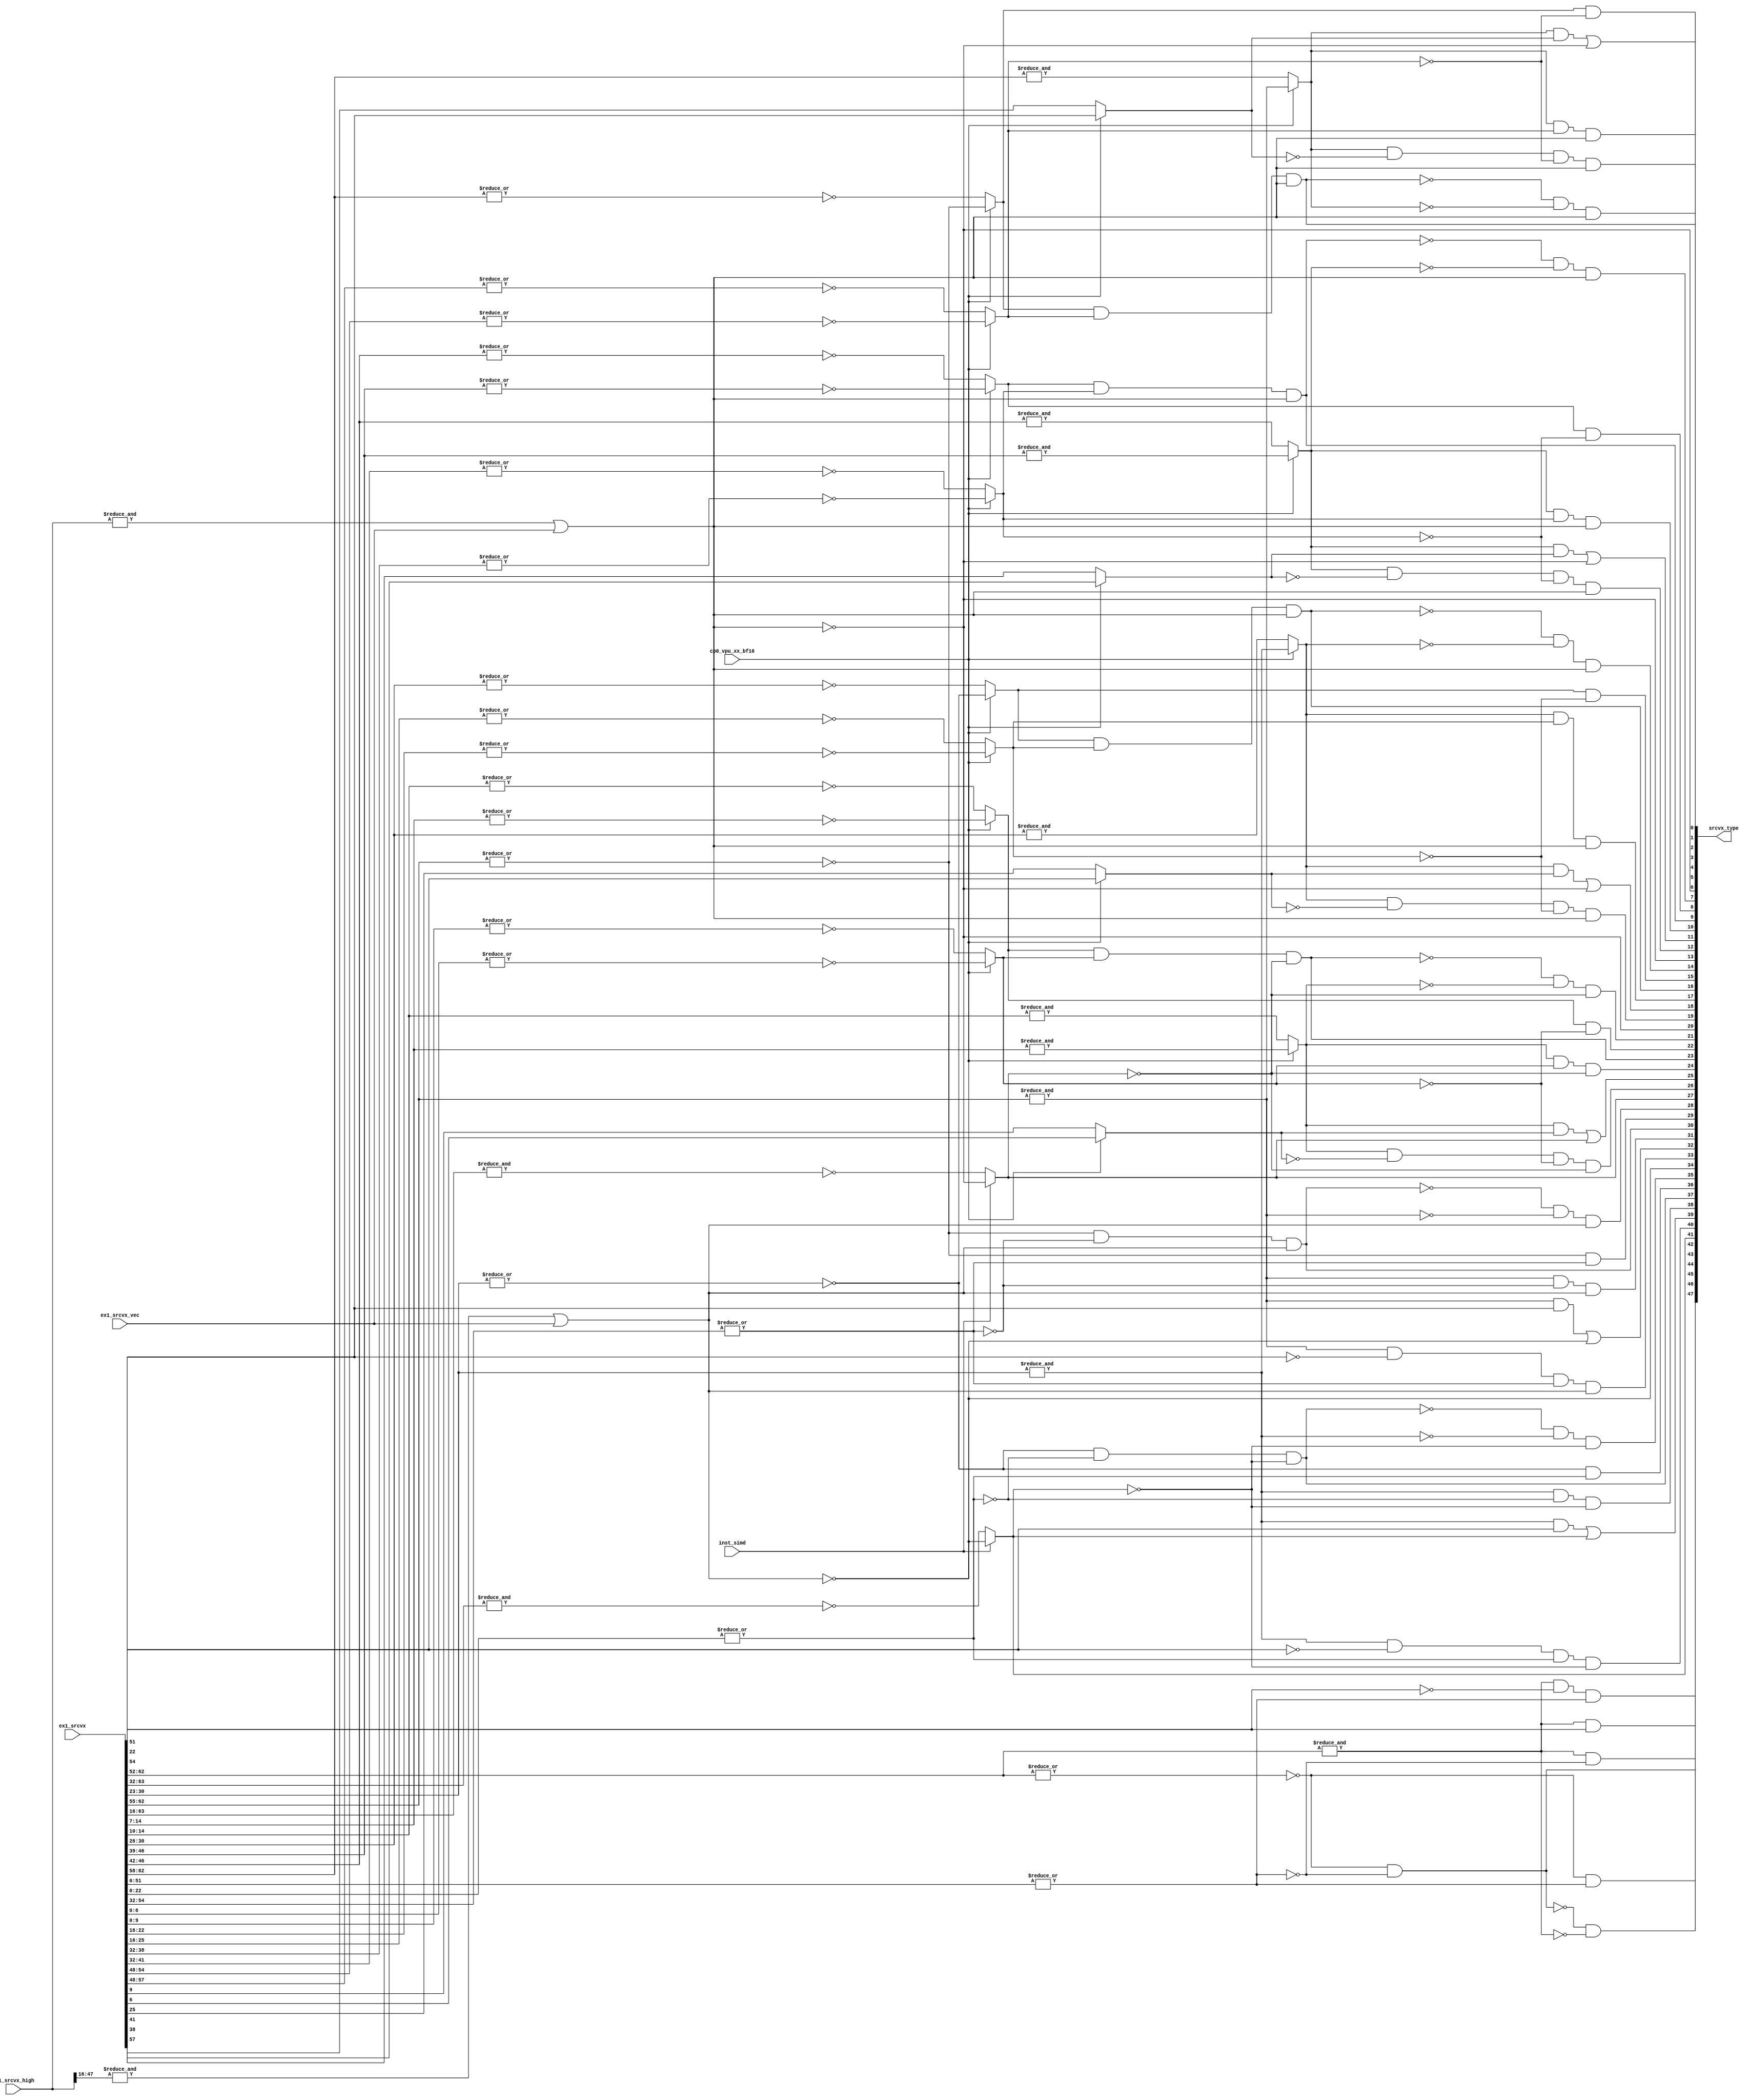
/*Copyright 2020-2021 T-Head Semiconductor Co., Ltd.

Licensed under the Apache License, Version 2.0 (the "License");
you may not use this file except in compliance with the License.
You may obtain a copy of the License at

    http://www.apache.org/licenses/LICENSE-2.0

Unless required by applicable law or agreed to in writing, software
distributed under the License is distributed on an "AS IS" BASIS,
WITHOUT WARRANTIES OR CONDITIONS OF ANY KIND, either express or implied.
See the License for the specific language governing permissions and
limitations under the License.
*/

// &ModuleBeg; @24
module aq_vpu_srcv_type(
  cp0_vpu_xx_bf16,
  ex1_srcvx,
  ex1_srcvx_high,
  ex1_srcvx_vec,
  inst_simd,
  srcvx_type
);

// &Ports; @25
input           cp0_vpu_xx_bf16;      
input   [63:0]  ex1_srcvx;            
input   [47:0]  ex1_srcvx_high;       
input           ex1_srcvx_vec;        
input           inst_simd;            
output  [47:0]  srcvx_type;           

// &Regs; @26

// &Wires; @27
wire            cp0_vpu_xx_bf16;      
wire    [63:0]  ex1_srcvx;            
wire    [47:0]  ex1_srcvx_high;       
wire            ex1_srcvx_vec;        
wire            inst_simd;            
wire    [63:0]  src;                  
wire            src_double_expn_max;  
wire            src_double_expn_zero; 
wire            src_double_frac_msb;  
wire            src_double_frac_zero; 
wire            src_double_id;        
wire            src_double_inf;       
wire            src_double_norm;      
wire            src_double_qnan;      
wire            src_double_snan;      
wire            src_double_zero;      
wire            src_half0_cnan;       
wire            src_half0_expn_max;   
wire            src_half0_expn_zero;  
wire            src_half0_frac_msb;   
wire            src_half0_frac_zero;  
wire            src_half0_id;         
wire            src_half0_inf;        
wire            src_half0_norm;       
wire            src_half0_qnan;       
wire            src_half0_snan;       
wire            src_half0_zero;       
wire            src_half1_cnan;       
wire            src_half1_expn_max;   
wire            src_half1_expn_zero;  
wire            src_half1_frac_msb;   
wire            src_half1_frac_zero;  
wire            src_half1_id;         
wire            src_half1_inf;        
wire            src_half1_norm;       
wire            src_half1_qnan;       
wire            src_half1_snan;       
wire            src_half1_zero;       
wire            src_half2_cnan;       
wire            src_half2_expn_max;   
wire            src_half2_expn_zero;  
wire            src_half2_frac_msb;   
wire            src_half2_frac_zero;  
wire            src_half2_id;         
wire            src_half2_inf;        
wire            src_half2_norm;       
wire            src_half2_qnan;       
wire            src_half2_snan;       
wire            src_half2_zero;       
wire            src_half3_cnan;       
wire            src_half3_expn_max;   
wire            src_half3_expn_zero;  
wire            src_half3_frac_msb;   
wire            src_half3_frac_zero;  
wire            src_half3_id;         
wire            src_half3_inf;        
wire            src_half3_norm;       
wire            src_half3_qnan;       
wire            src_half3_snan;       
wire            src_half3_zero;       
wire    [47:0]  src_high;             
wire            src_single0_cnan;     
wire            src_single0_expn_max; 
wire            src_single0_expn_zero; 
wire            src_single0_frac_msb; 
wire            src_single0_frac_zero; 
wire            src_single0_id;       
wire            src_single0_inf;      
wire            src_single0_norm;     
wire            src_single0_qnan;     
wire            src_single0_snan;     
wire            src_single0_zero;     
wire            src_single1_cnan;     
wire            src_single1_expn_max; 
wire            src_single1_expn_zero; 
wire            src_single1_frac_msb; 
wire            src_single1_frac_zero; 
wire            src_single1_id;       
wire            src_single1_inf;      
wire            src_single1_norm;     
wire            src_single1_qnan;     
wire            src_single1_snan;     
wire            src_single1_zero;     
wire            src_vec;              
wire    [47:0]  srcvx_type;           


assign src[63:0]       = ex1_srcvx[63:0];
assign src_high[47:0]  = ex1_srcvx_high[47:0]; 
assign src_vec         = ex1_srcvx_vec;

//double
assign src_double_expn_zero  = !(|src[62:52]);
assign src_double_expn_max   =  &src[62:52];
assign src_double_frac_zero  = !(|src[51:0]);
assign src_double_frac_msb   = src[51];

assign src_double_snan       = src_double_expn_max && !src_double_frac_msb &&!src_double_frac_zero;
assign src_double_qnan       = src_double_expn_max && src_double_frac_msb;
assign src_double_inf        = src_double_expn_max && src_double_frac_zero;
assign src_double_zero       = src_double_expn_zero && src_double_frac_zero;
assign src_double_id         = src_double_expn_zero && !src_double_frac_zero;
assign src_double_norm       = !src_double_zero && !src_double_expn_max;

//single0
//assign src_single0_cnan       = !(&src[63:32]) && (inst_vec_vf && src_sel || !inst_simd);
assign src_single0_cnan       = (inst_simd) ? !(&src_high[47:16] || src_vec): !(&src[63:32]);
//assign src_single0_cnan       = !(&src[63:32]);
assign src_single0_expn_zero  = !(|src[30:23]);
assign src_single0_expn_max   = &src[30:23];
assign src_single0_frac_zero  = !(|src[22:0]);
assign src_single0_frac_msb   = src[22];

assign src_single0_snan       = src_single0_expn_max && !src_single0_frac_msb && !src_single0_frac_zero && !src_single0_cnan;
assign src_single0_qnan       = src_single0_expn_max && src_single0_frac_msb || src_single0_cnan;
assign src_single0_inf        = src_single0_expn_max && src_single0_frac_zero && !src_single0_cnan;
assign src_single0_zero       = src_single0_expn_zero && src_single0_frac_zero && !src_single0_cnan;
assign src_single0_id         = src_single0_expn_zero && !src_single0_frac_zero;
assign src_single0_norm       = !src_single0_zero && !src_single0_expn_max && !src_single0_cnan;

//single1
//assign src_single1_cnan       = src_sel && inst_vec_vf && !(&src[63:32]);
assign src_single1_cnan       = !(&src_high[47:16] || src_vec);
//assign src_single1_cnan       = !(&src[63:32]);
assign src_single1_expn_zero  = !(|src[62:55]);
assign src_single1_expn_max   = &src[62:55];
assign src_single1_frac_zero  = !(|src[54:32]);
assign src_single1_frac_msb   = src[54];

assign src_single1_snan       = src_single1_expn_max && !src_single1_frac_msb && !src_single1_frac_zero && !src_single1_cnan;
assign src_single1_qnan       = src_single1_expn_max && src_single1_frac_msb || src_single1_cnan;
assign src_single1_inf        = src_single1_expn_max && src_single1_frac_zero && !src_single1_cnan;
assign src_single1_zero       = src_single1_expn_zero && src_single1_frac_zero && !src_single1_cnan;
assign src_single1_id         = src_single1_expn_zero && !src_single1_frac_zero;
assign src_single1_norm       = !src_single1_zero && !src_single1_expn_max && !src_single1_cnan;

//half0
//assign src_half0_cnan       = !(&src[63:16]) && (inst_vec_vf && src_sel || !inst_simd);
assign src_half0_cnan       = (inst_simd) ? !(&src_high[47:0] || src_vec): !(&src[63:16]);
//assign src_half0_cnan       = !(&src[63:16]);
assign src_half0_expn_zero  = (cp0_vpu_xx_bf16) ? !(|src[14:7]) : !(|src[14:10]);
assign src_half0_expn_max   = (cp0_vpu_xx_bf16) ? &src[14:7]    : &src[14:10];
assign src_half0_frac_zero  = (cp0_vpu_xx_bf16) ? !(|src[6:0])  :!(|src[9:0]);
assign src_half0_frac_msb   = (cp0_vpu_xx_bf16) ? src[6]        : src[9];

assign src_half0_snan       = src_half0_expn_max && !src_half0_frac_msb && !src_half0_frac_zero && !src_half0_cnan;
assign src_half0_qnan       = src_half0_expn_max && src_half0_frac_msb || src_half0_cnan;
assign src_half0_inf        = src_half0_expn_max && src_half0_frac_zero && !src_half0_cnan;
assign src_half0_zero       = src_half0_expn_zero && src_half0_frac_zero && !src_half0_cnan;
assign src_half0_id         = src_half0_expn_zero && !src_half0_frac_zero;
assign src_half0_norm       = !src_half0_zero && !src_half0_expn_max && !src_half0_cnan;

//half1
//assign src_half1_cnan       = src_sel && inst_vec_vf && !(&src[63:16]); 
assign src_half1_cnan       = !(&src_high[47:0] || src_vec); 
assign src_half1_expn_zero  = (cp0_vpu_xx_bf16) ? !(|src[30:23]) : !(|src[30:26]);
assign src_half1_expn_max   = (cp0_vpu_xx_bf16) ? &src[30:23]    : &src[30:26];
assign src_half1_frac_zero  = (cp0_vpu_xx_bf16) ? !(|src[22:16])  :!(|src[25:16]);
assign src_half1_frac_msb   = (cp0_vpu_xx_bf16) ? src[22]        : src[25];

assign src_half1_snan       = src_half1_expn_max && !src_half1_frac_msb && !src_half1_frac_zero && !src_half1_cnan;
assign src_half1_qnan       = src_half1_expn_max && src_half1_frac_msb || src_half1_cnan;
assign src_half1_inf        = src_half1_expn_max && src_half1_frac_zero && !src_half1_cnan;
assign src_half1_zero       = src_half1_expn_zero && src_half1_frac_zero && !src_half1_cnan;
assign src_half1_id         = src_half1_expn_zero && !src_half1_frac_zero;
assign src_half1_norm       = !src_half1_zero && !src_half1_expn_max && !src_half1_cnan;

//half2
//assign src_half2_cnan       = src_sel && inst_vec_vf && !(&src[63:16]); 
assign src_half2_cnan       = !(&src_high[47:0] || src_vec); 
assign src_half2_expn_zero  = (cp0_vpu_xx_bf16) ? !(|src[46:39]) : !(|src[46:42]);
assign src_half2_expn_max   = (cp0_vpu_xx_bf16) ? &src[46:39]    : &src[46:42];
assign src_half2_frac_zero  = (cp0_vpu_xx_bf16) ? !(|src[38:32]) :!(|src[41:32]);
assign src_half2_frac_msb   = (cp0_vpu_xx_bf16) ? src[38]        : src[41];

assign src_half2_snan       = src_half2_expn_max && !src_half2_frac_msb && !src_half2_frac_zero && !src_half2_cnan;
assign src_half2_qnan       = src_half2_expn_max && src_half2_frac_msb || src_half2_cnan;
assign src_half2_inf        = src_half2_expn_max && src_half2_frac_zero && !src_half2_cnan;
assign src_half2_zero       = src_half2_expn_zero && src_half2_frac_zero && !src_half2_cnan;
assign src_half2_id         = src_half2_expn_zero && !src_half2_frac_zero;
assign src_half2_norm       = !src_half2_zero && !src_half2_expn_max && !src_half2_cnan;

//half3
//assign src_half3_cnan       = src_sel && inst_vec_vf && !(&src[63:16]); 
assign src_half3_cnan       = !(&src_high[47:0] || src_vec); 
assign src_half3_expn_zero  = (cp0_vpu_xx_bf16) ? !(|src[62:55]) : !(|src[62:58]);
assign src_half3_expn_max   = (cp0_vpu_xx_bf16) ? &src[62:55]    : &src[62:58];
assign src_half3_frac_zero  = (cp0_vpu_xx_bf16) ? !(|src[54:48]) :!(|src[57:48]);
assign src_half3_frac_msb   = (cp0_vpu_xx_bf16) ? src[54]        : src[57];

assign src_half3_snan       = src_half3_expn_max && !src_half3_frac_msb && !src_half3_frac_zero && !src_half3_cnan;
assign src_half3_qnan       = src_half3_expn_max && src_half3_frac_msb || src_half3_cnan;
assign src_half3_inf        = src_half3_expn_max && src_half3_frac_zero && !src_half3_cnan;
assign src_half3_zero       = src_half3_expn_zero && src_half3_frac_zero && !src_half3_cnan;
assign src_half3_id         = src_half3_expn_zero && !src_half3_frac_zero;
assign src_half3_norm       = !src_half3_zero && !src_half3_expn_max && !src_half3_cnan;

assign srcvx_type[47:0] = {src_double_snan,
                           src_double_qnan,
                           src_double_inf,
                           src_double_zero,
                           src_double_id,
                           src_double_norm,
                           src_single0_cnan,
                           src_single0_snan,
                           src_single0_qnan,
                           src_single0_inf,
                           src_single0_zero,
                           src_single0_id,
                           src_single0_norm,
                           src_single1_cnan,
                           src_single1_snan,
                           src_single1_qnan,
                           src_single1_inf,
                           src_single1_zero,
                           src_single1_id,
                           src_single1_norm,
                           src_half0_cnan,
                           src_half0_snan,
                           src_half0_qnan,
                           src_half0_inf,
                           src_half0_zero,
                           src_half0_id,
                           src_half0_norm,
                           src_half1_cnan,
                           src_half1_snan,
                           src_half1_qnan,
                           src_half1_inf,
                           src_half1_zero,
                           src_half1_id,
                           src_half1_norm,
                           src_half2_cnan,
                           src_half2_snan,
                           src_half2_qnan,
                           src_half2_inf,
                           src_half2_zero,
                           src_half2_id,
                           src_half2_norm,
                           src_half3_cnan,
                           src_half3_snan,
                           src_half3_qnan,
                           src_half3_inf,
                           src_half3_zero,
                           src_half3_id,
                           src_half3_norm};

// &ModuleEnd; @188
endmodule